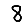
Digit: 8